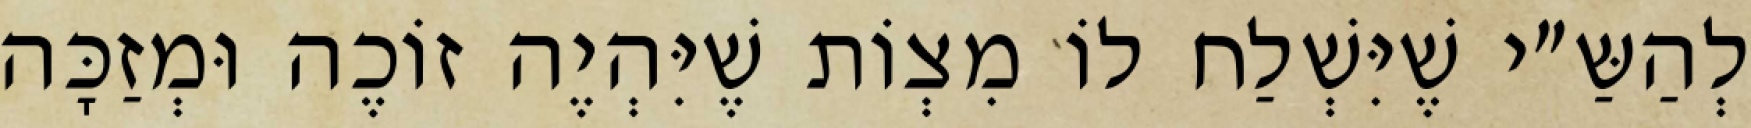
לְהַשַּ״י שֶׁיִּשְׁלַח לוֹ מִצְוֹת שֶׁיִּהְיֶה זוֹכֶה וּמְזַכָּה